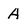
Character: A